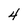
Character: 4